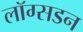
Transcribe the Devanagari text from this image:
लॉग्सडन